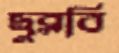
ছুব্‌লবি